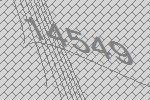
14549